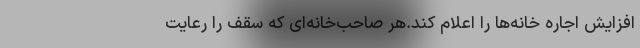
افزایش اجاره خانه‌ها را اعلام کند.هر صاحب‌خانه‌ای که سقف را رعایت